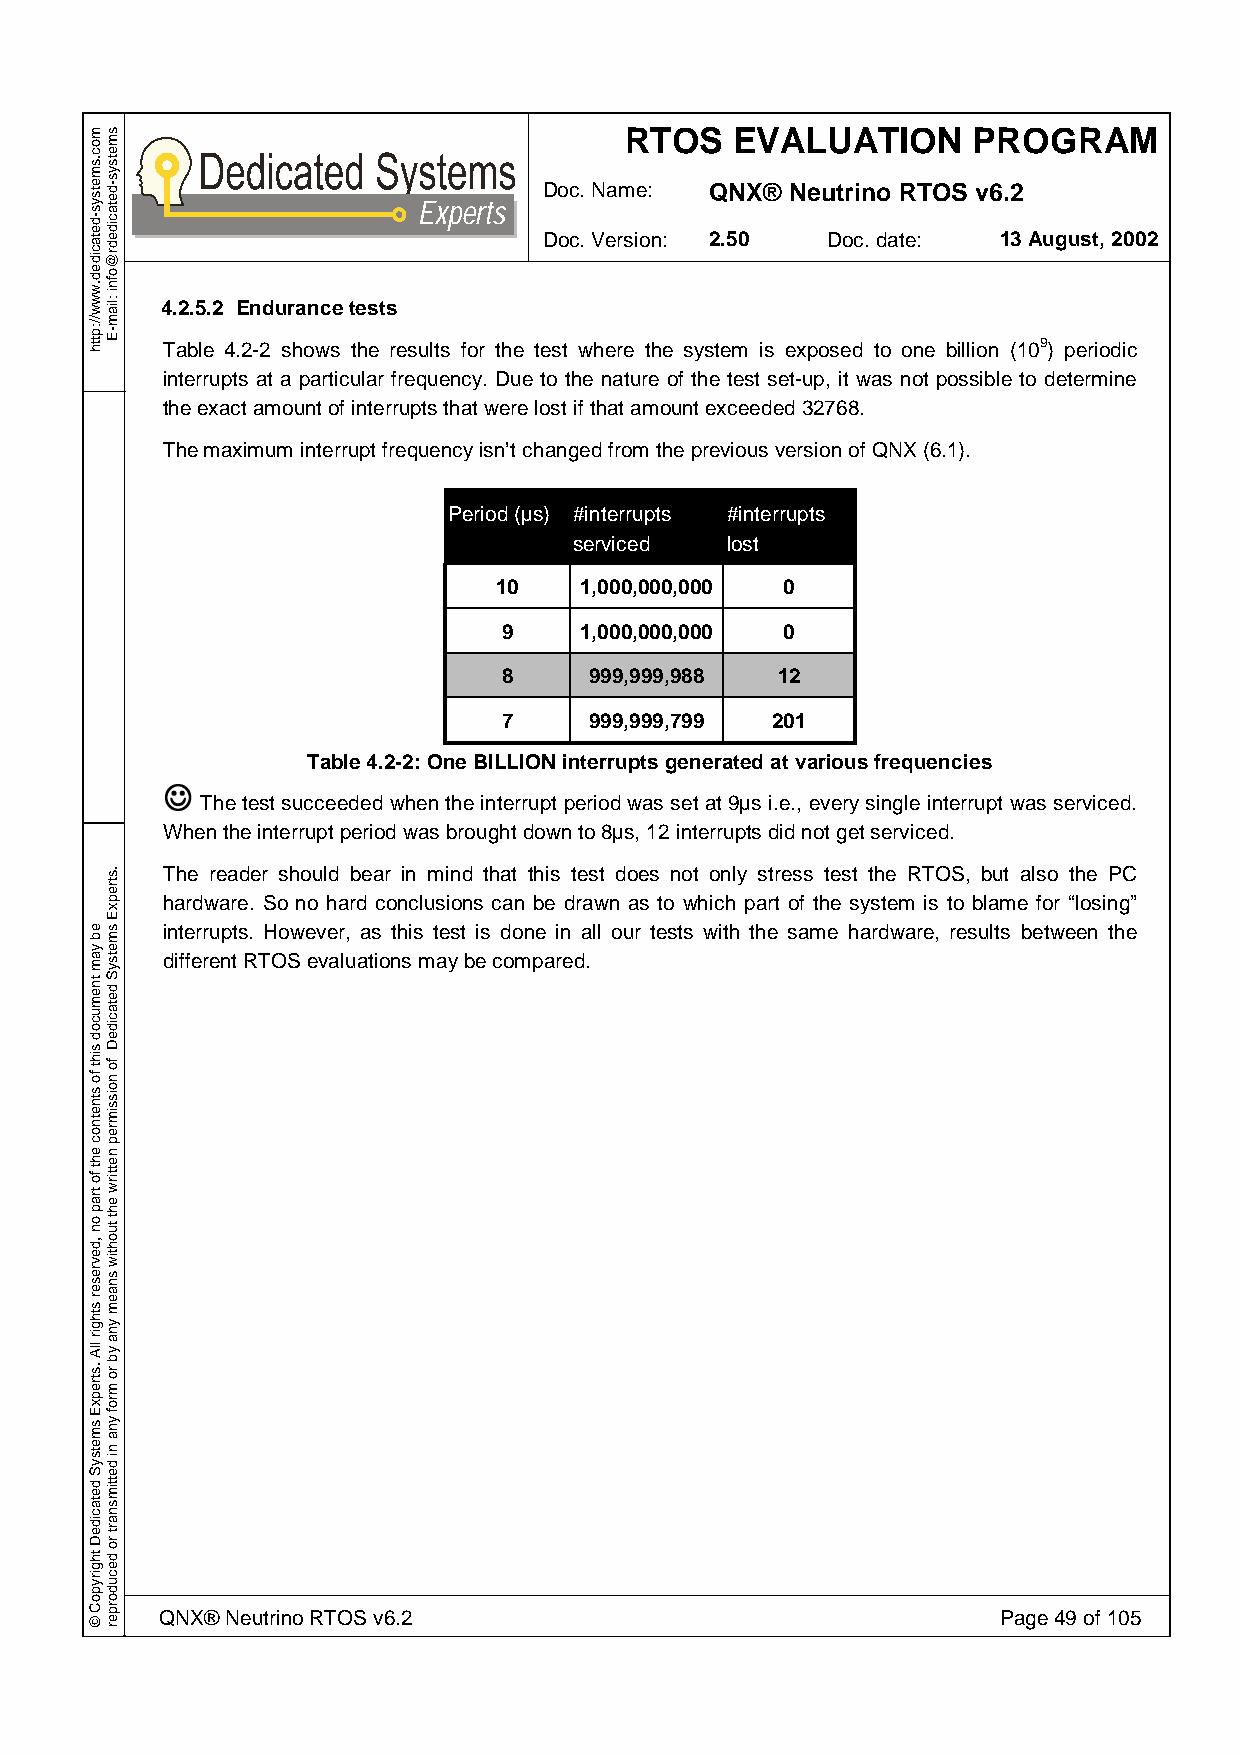
RTOS    EVALUATION     PROGRAM
 Doc. Name: QNX® Neutrino RTOS v6.2
 Experts
 Doc. Version: 2.50 Doc. date: 13 August, 2002
 4.2.5.2 Endurance tests
 Table 4.2-2 shows the results for the test where the system is exposed to one billion (109) periodic
 interrupts at a particular frequency. Due to the nature of the test set-up, it was not possible to determine
 the exact amount of interrupts that were lost if that amount exceeded 32768.
 The maximum interrupt frequency isn’t changed from the previous version of QNX (6.1).
 Period (µs) #interrupts #interrupts
 serviced  lost
 10   1,000,000,000 0
 9    1,000,000,000 0
 8     999,999,988 12
 7     999,999,799 201
 J        Table 4.2-2: One BILLION interrupts generated at various frequencies
 The test succeeded when the interrupt period was set at 9µs i.e., every single interrupt was serviced.
 When the interrupt period was brought down to 8µs, 12 interrupts did not get serviced.
 The reader should bear in mind that this test does not only stress test the RTOS, but also the PC
 hardware. So no hard conclusions can be drawn as to which part of the system is to blame for “losing”
 interrupts. However, as this test is done in all our tests with the same hardware, results between the
 different RTOS evaluations may be compared.
 QNX® Neutrino RTOS v6.2                                Page 49 of 105
 moc.smetsys-detacided.www//:ptth
 eb
 yam
 tnemucod
 siht
 fo
 stnetnoc
 eht
 fo
 trap
 on
 ,devreser
 sthgir
 llA
 .strepxE
 smetsyS
 detacideD
 thgirypoC
 ©
 smetsys-detacidedr@ofni
 :liam-E
 .strepxE
 smetsyS
 detacideD
 fo
 noissimrep
 nettirw
 eht
 tuohtiw
 snaem
 yna
 yb
 ro
 mrof
 yna
 ni
 dettimsnart
 ro
 decudorper